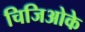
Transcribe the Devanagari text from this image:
चिजिओके